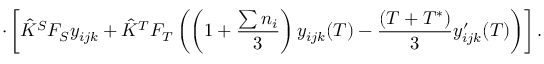
\cdot \left[ \hat { K } ^ { S } F _ { S } y _ { i j k } + \hat { K } ^ { T } F _ { T } \left( \left( 1 + \frac { \sum n _ { i } } { 3 } \right) y _ { i j k } ( T ) - \frac { ( T + T ^ { * } ) } { 3 } y _ { i j k } ^ { \prime } ( T ) \right) \right] .